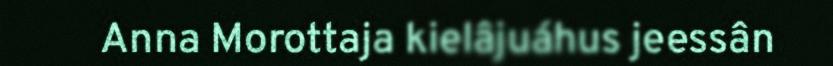
Anna Morottaja kielâjuáhus jeessân